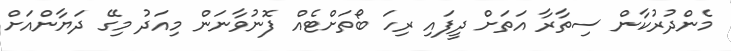
މެންދުރުކާން ސިތާރާ އަތަށް ދީފައި ރިހަ ބޯތަށްޓެއް ފޮނުވާނަން މިއަދު މިގޭ ދަޔާންއަށް